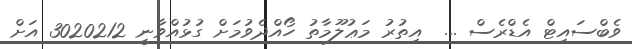
ވެބްސައިޓް އެޑްރެސް ...  އިތުރު މަޢުލޫމާތު ހޯއްދެވުމަށް ގުޅުއްވާނީ 3020212 އަށް